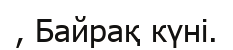
, Байрақ күні.